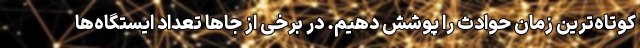
کوتاه‌ترین زمان حوادث را پوشش دهیم. در برخی از جاها تعداد ایستگاه‌ها